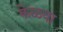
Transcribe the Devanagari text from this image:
केळवा